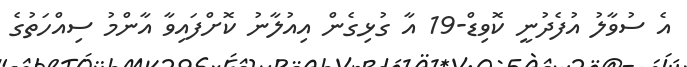
އެ ސުވާލު އުފެދުނީ ކޮވިޑް-19 އާ ގުޅިގެން އިއުލާނު ކޮށްފައިވާ އާންމު ސިއްހަތުގެ